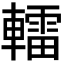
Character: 𨎿